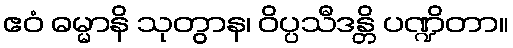
ဧဝံ ဓမ္မာနိ သုတွာန၊ ဝိပ္ပသီဒန္တိ ပဏ္ဍိတာ။